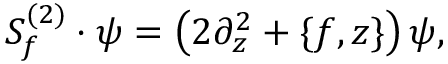
{ \cal S } _ { f } ^ { ( 2 ) } \cdot \psi = \left( 2 \partial _ { z } ^ { 2 } + \{ f , z \} \right) \psi ,